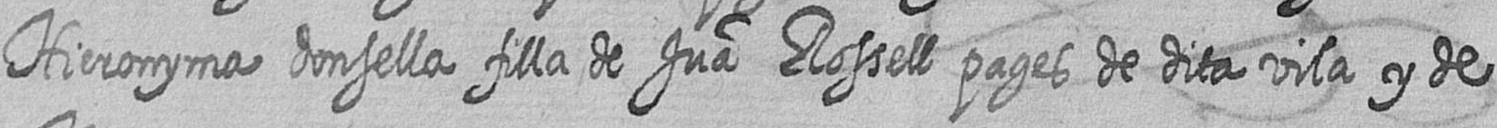
Hieronyma donsella filla de Jua Rossell pages de dita vila y de